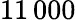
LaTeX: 11\, 000